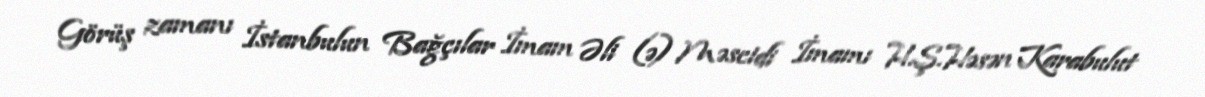
Görüş zamanı İstanbulun Bağçılar İmam Əli (ə) Məscidi İmamı H.Ş.Həsən Karabulut